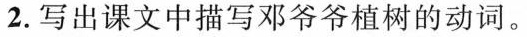
2.写出课文中描写邓爷爷植树的动词。